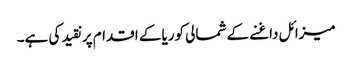
میزائل داغنے کے شمالی کوریا کے اقدام پر نقید کی ہے۔